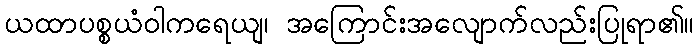
ယထာပစ္စယံဝါကရေယျ၊ အကြောင်းအလျောက်လည်းပြုရာ၏။